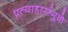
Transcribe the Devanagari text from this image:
प्रत्याहारांमुळे